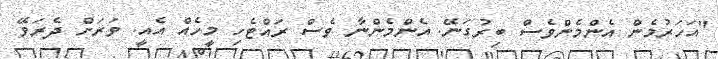
"އަހަރުމެން އެންމެންވެސް ބިރުގަނޭ. އެންމެންނާ ވެސް ރައްޓެހި މީހެއް އެއީ. ވަރަށް ދެރަވޭ